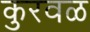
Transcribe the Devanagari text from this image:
कुरवळ